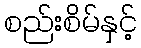
စည်းစိမ်နှင့်